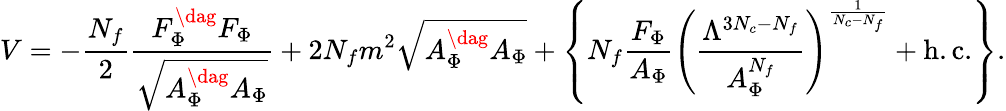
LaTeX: V=-{\frac{N_{f}}{2}}{\frac{F_{\Phi}^{\dag}F_{\Phi}}{\sqrt{A_{\Phi}^{\dag}A_{\Phi}}}}+2N_{f}m^{2}\sqrt{A_{\Phi}^{\dag}A_{\Phi}}+\left\{ N_{f}{\frac{F_{\Phi}}{A_{\Phi}}}\left({\frac{\Lambda^{3N_{c}-N_{f}}}{A_{\Phi}^{N_{f}}}}\right)^{\frac{1}{N_{c}-N_{f}}}+\mathrm{h.c.}\right\} .